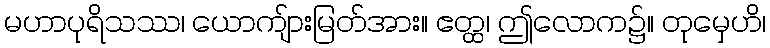
မဟာပုရိသဿ၊ ယောကျ်ားမြတ်အား။ ဧတ္ထ၊ ဤလောက၌။ တုမှေဟိ၊